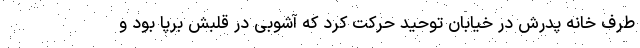
طرف خانه پدرش در خیابان توحید حرکت کرد که آشوبی در قلبش برپا بود و